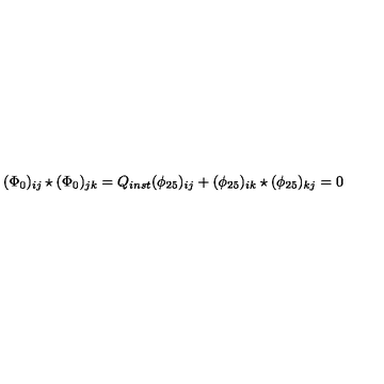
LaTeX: ( \Phi _ { 0 } ) _ { i j } \star ( \Phi _ { 0 } ) _ { j k } = Q _ { i n s t } ( \phi _ { 2 5 } ) _ { i j } + ( \phi _ { 2 5 } ) _ { i k } \star ( \phi _ { 2 5 } ) _ { k j } = 0 \